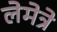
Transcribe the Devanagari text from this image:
लेमेत्रे